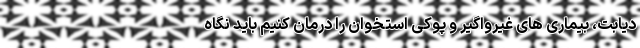
دیابت، بیماری های غیرواگیر و پوکی استخوان را درمان کنیم باید نگاه